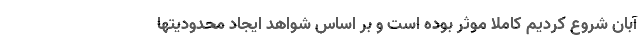
آبان شروع کردیم کاملا موثر بوده است و بر اساس شواهد ایجاد محدودیتها